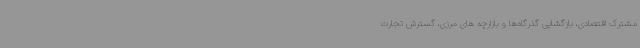
مشترک اقتصادی، بازگشایی گذرگاه‌ها و بازارچه های مرزی، گسترش تجارت